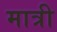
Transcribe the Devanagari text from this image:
मात्री